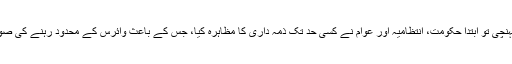
کورونا وائرس کی وبأ پاکستان میں پہنچی تو ابتداً حکومت، انتظامیہ اور عوام نے کسی حد تک ذمہ داری کا مظاہرہ کیا، جس کے باعث وائرس کے محدود رہنے کی صورت میں خاطر خواہ نتائج بھی ملے۔